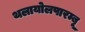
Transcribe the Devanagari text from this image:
थलायोलपारम्बू